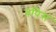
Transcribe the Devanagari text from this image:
वपिस